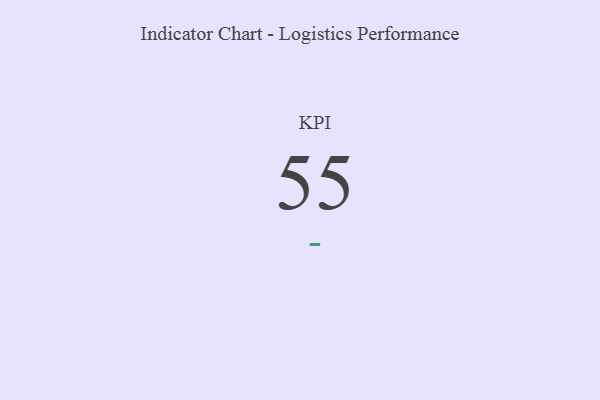
{"axis": {"x": "KPI", "y": "Value"}, "legend": [""], "data": [{"x": "KPI", "y": 55, "type": ""}]}